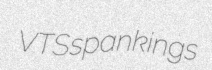
VTS spankings